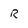
Character: R